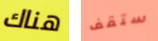
هناك ستقف